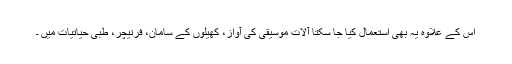
اس کے علاوہ یہ بھی استعمال کیا جا سکتا آلات موسیقی کی آواز، کھیلوں کے سامان، فرنیچر، طبی حیاتیات میں ۔